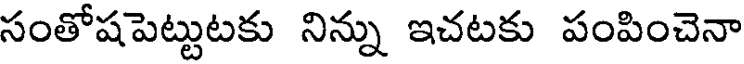
సంతోషపెట్టుటకు నిన్ను ఇచటకు పంపించెనా